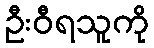
ဦးဝီရသူကို